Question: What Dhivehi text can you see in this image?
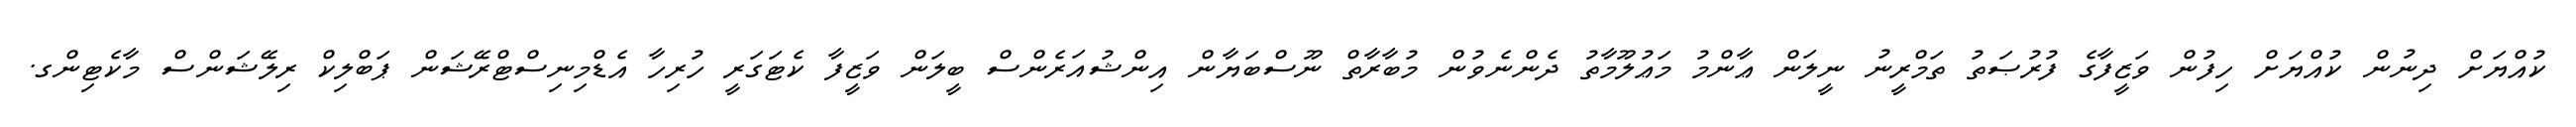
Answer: ކުއްޔަށް ދިނުން ކުއްޔަށް ހިފުން ވަޒީފާގެ ފުރުޞަތު ތަމްރީނު ނީލަން ޢާންމު މަޢުލޫމާތު ދެންނެވުން މުބާރާތް ނޫސްބަޔާން އިންޝުއަރެންސް ބީލަން ވަޒީފާ ކެޓަގަރީ ހުރިހާ އެޑްމިނިސްޓްރޭޝަން ޕަބްލިކް ރިލޭޝަންސް މާކެޓިންގ.